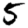
Digit: 5